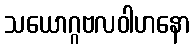
သယောဂ္ဂဗလဝါဟနော